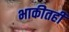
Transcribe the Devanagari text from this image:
भाकीतही